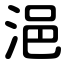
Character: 浥